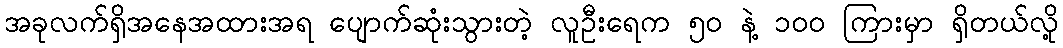
အခုလက်ရှိအနေအထားအရ ပျောက်ဆုံးသွားတဲ့ လူဦးရေက ၅၀ နဲ့ ၁၀၀ ကြားမှာ ရှိတယ်လို့